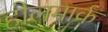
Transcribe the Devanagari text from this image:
होलमार्क